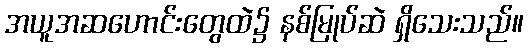
အယူအဆဟောင်းတွေထဲ၌ နစ်မြုပ်ဆဲ ရှိသေးသည်။